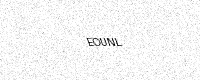
Text: EOUNL